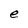
Character: e